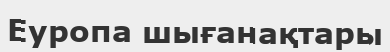
Еуропа шығанақтары